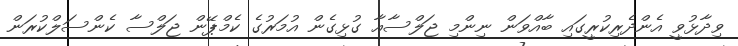
ވިދާޅުވީ އެންދެރިކުރީގައި ބާއްވަން ނިންމި ޖަލްސާއާ ގުޅިގެން އުމަރުގެ ކެމްޕޭން ޖަލްސާ ކެންސަލްކުރަން